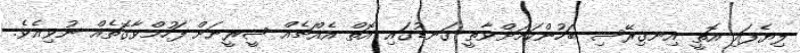
ލިޔެފައި އޮތީ އިނގިރޭސި ބަހުންކަމަށްވާތީ ގަނޑުގައި އޮތް އެއްޗެއް ޝީރީނަށް ފަހުމްވާގޮތެއް ނުވިއެވެ.